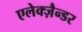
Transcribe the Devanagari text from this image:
एलेक्ज़ैन्डर